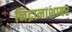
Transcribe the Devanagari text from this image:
निद्रानाशावर